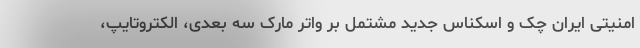
امنیتی ایران چک و اسکناس جدید مشتمل بر واتر مارک سه بعدی، الکتروتایپ،